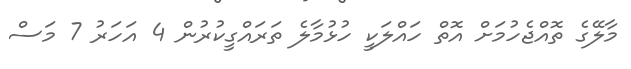
މާލޭގެ ތޮއްޖެހުމަށް އޮތް ހައްލަކީ ހުޅުމާލެ ތަރައްގީކުރުން 4 އަހަރު 7 މަސް